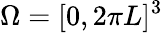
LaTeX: \Omega=[0,2\pi L]^{3}